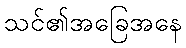
သင်၏အခြေအနေ